Scottish Certificate of Education, 1963
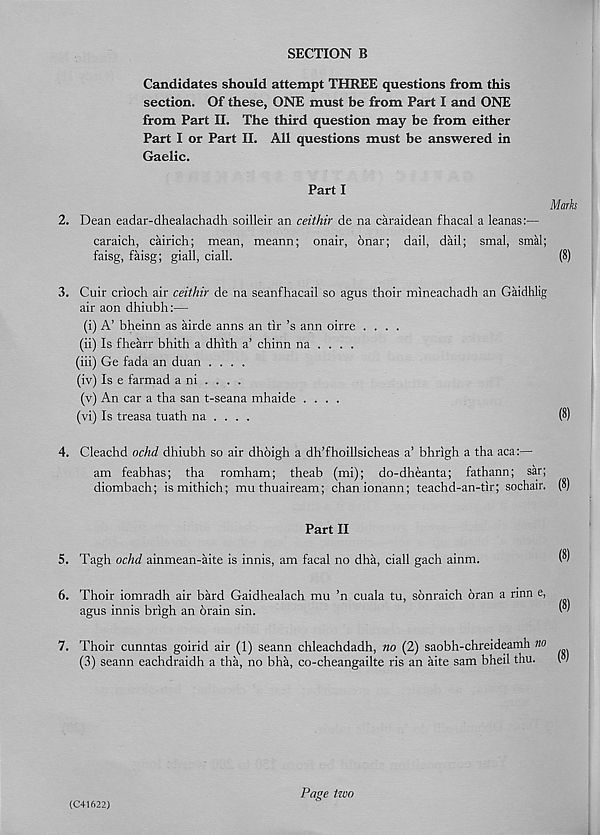
SECTION B
Candidates should attempt THREE questions from this
section. Of these, ONE must be from Part I and ONE
from Part II. The third question may be from either
Part I or Part II. All questions must be answered in
Gaelic.
Part I
Marks
2. Dean eadar-dhealachadh soilleir an ceithir de na caraidean fhacal a leanas:—
caraich, cairich; mean, meann; onair, onar; dail, dail; smal, smal;
faisg, faisg; giall, ciall.
(8)
3. Cuir crioch air ceithir de na seanfhacail so agus thoir mineachadh an Gaidhlig
air aon dhiubh:—
(i) A’ bheinn as airde anns an tir’s arm oirre ....
(ii) Is fhearr bhith a dhith a’ chinn na . . . .
(iii) Ge fada an duan ....
(iv) Is e farmad a ni . . . .
(v) An car a tha san t-seana mhaide ....
(vi) Is treasa tuath na . . . .
(8)
4. Cleachd ochd dhiubh so air dhoigh a dh’fhoillsicheas a’ bhrigh a tha aca:—
am feabhas; tha romham; theab (mi); do-dheanta; fathann; sar;
diombach; ismithich; muthuaiream; chanionann; teachd-an-tir; sochair. (8)
Part II
5. Tagh ochd ainmean-aite is innis, am facal no dha, ciall gach ainm.
6. Thoir iomradh air bard Gaidhealach mu ’n cuala tu, sonraich oran a rmn e,
agus innis brigh an brain sin.
7. Thoir cunntas goirid air (1) seann chleachdadh, no (2) saobh-chreideamh no
(3) seann eachdraidh a tha, no bha, co-cheangailte ris an aite sam bheil thu.
(C41622)
Page two